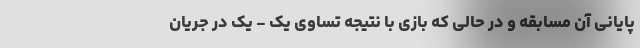
پایانی آن مسابقه و در حالی که بازی با نتیجه تساوی یک - یک در جریان